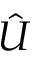
\hat { U }